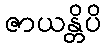
ဇာယန္တိပိ